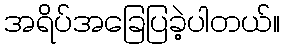
အရိပ်အခြေပြခဲ့ပါတယ်။